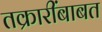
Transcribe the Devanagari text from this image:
तक्रारींबाबत